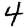
Digit: 4